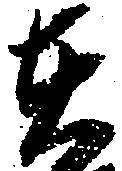
在